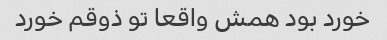
خورد بود همش واقعا تو ذوقم خورد